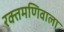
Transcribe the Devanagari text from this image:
रक्तमणिवाला